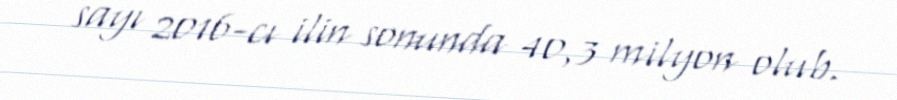
sayı 2016-cı ilin sonunda 40,3 milyon olub.